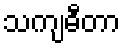
သကျဓီတာ